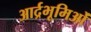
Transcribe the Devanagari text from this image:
आर्द्रभूमिओं